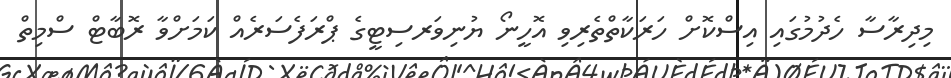
މިދިރާސާ ހެދުމުގައި އިސްކޮށް ހަރަކާތްތެރިވި އޮހީނޯ ޔުނިވަރސިޓީގެ ޕްރަފެސަރެއް ކަމަށްވާ ރޮބާޓް ސްމިތް